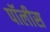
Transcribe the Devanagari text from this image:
पॉलीस